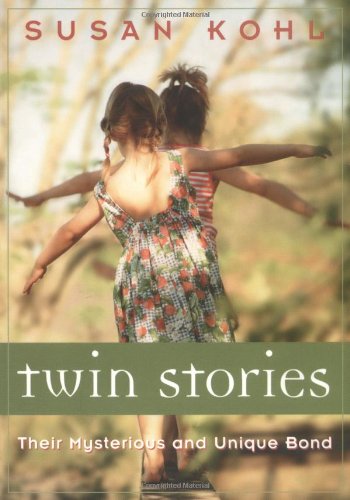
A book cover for Twin Stories: Their Mysterious and Unique Bond; Susan Kohl; Parenting & Relationships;